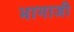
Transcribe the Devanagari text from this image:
भागाजी